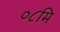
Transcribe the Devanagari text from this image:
०८मि